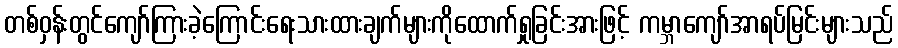
တစ်ဝှန်းတွင်ကျော်ကြားခဲ့ကြောင်းရေးသားထားချက်များကိုထောက်ရှုခြင်းအားဖြင့် ကမ္ဘာကျော်အာရပ်မြင်းများသည်